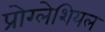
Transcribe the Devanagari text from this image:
प्रोग्लेशियल